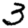
Digit: 3